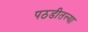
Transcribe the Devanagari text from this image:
पठडीतल्या